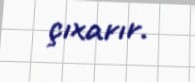
çıxarır.